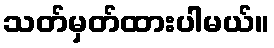
သတ်မှတ်ထားပါမယ်။